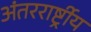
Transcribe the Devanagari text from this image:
अंतररार्ष्ट्रीय